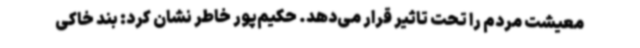
معیشت مردم را تحت تاثیر قرار می‌دهد. حکیم‌پور خاطر نشان کرد: بند خاکی